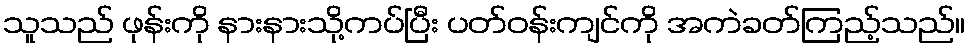
သူသည် ဖုန်းကို နားနားသို့ကပ်ပြီး ပတ်ဝန်းကျင်ကို အကဲခတ်ကြည့်သည်။